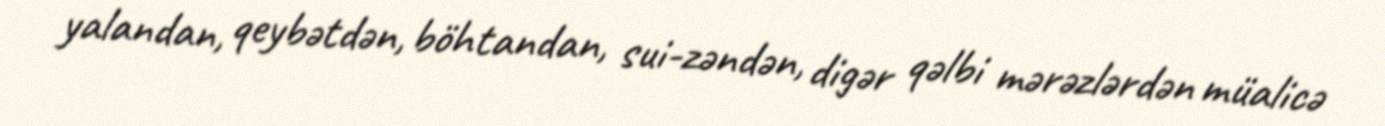
yalandan, qeybətdən, böhtandan, sui-zəndən, digər qəlbi mərəzlərdən müalicə